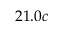
2 1 . 0 c